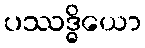
ပဿဒ္ဓိယော